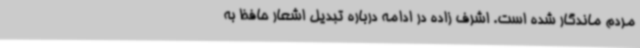
مردم ماندگار شده است. اشرف زاده در ادامه درباره تبدیل اشعار حافظ به